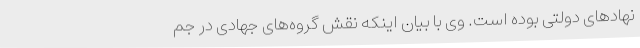
نهادهای دولتی بوده است. وی با بیان اینکه نقش گروه‌های جهادی در جم